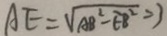
A E = \sqrt { A B ^ { 2 } - E B ^ { 2 } } = 3